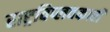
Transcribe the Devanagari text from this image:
राष्ट्रविप्लवकारी